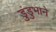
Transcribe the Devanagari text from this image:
डुंडुभाने